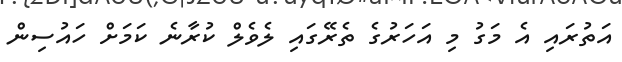
އަތުރައި އެ މަގު މި އަހަރުގެ ތެރޭގައި ލެވެލް ކުރާނެ ކަމަށް ހައުސިން